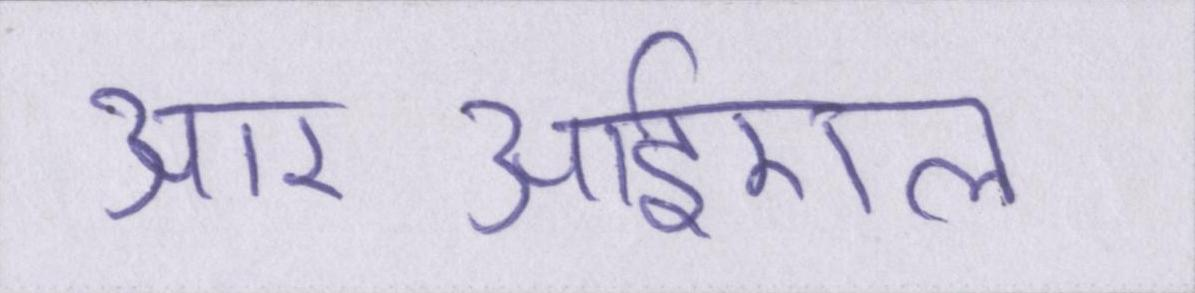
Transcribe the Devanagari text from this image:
आरआईएल